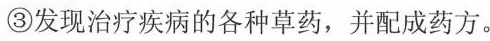
③发现治疗疾病的各种草药，并配成药方。